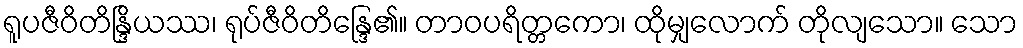
ရူပဇီဝိတိန္ဒြိယဿ၊ ရုပ်ဇီဝိတိန္ဒြေ၏။ တာဝပရိတ္တကော၊ ထိုမျှလောက် တိုလျသော။ သော